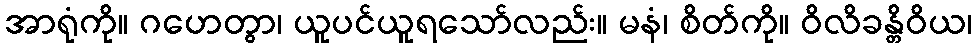
အာရုံကို။ ဂဟေတွာ၊ ယူပင်ယူရသော်လည်း။ မနံ၊ စိတ်ကို။ ဝိလိခန္တိဝိယ၊